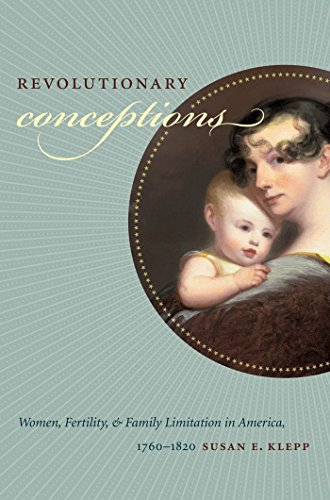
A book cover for Revolutionary Conceptions: Women, Fertility, and Family Limitation in America, 1760-1820 (Published for the Omohundro Institute of Early American History and Culture, Williamsburg, Virginia); Susan E. Klepp; Parenting & Relationships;